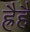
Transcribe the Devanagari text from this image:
ह्रैहैं